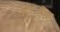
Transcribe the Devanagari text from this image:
कॉन्सैप्ट